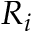
R _ { i }